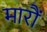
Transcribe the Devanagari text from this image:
मारौं